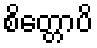
စိတ္တောပိ